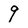
Character: 9